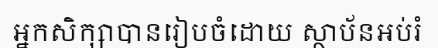
អ្នកសិក្សាបានរៀបចំដោយ ស្ថាប័នអប់រំ